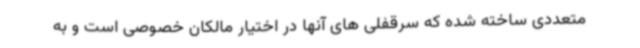
متعددی ساخته شده که سرقفلی های آنها در اختیار مالکان خصوصی است و به